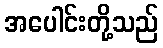
အပေါင်းတို့သည်